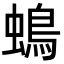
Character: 䳋